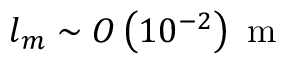
l _ { m } \sim O \left( 1 0 ^ { - 2 } \right) \mathrm { ~ m ~ }